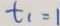
t _ { 1 } = 1